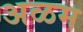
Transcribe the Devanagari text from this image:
अळम